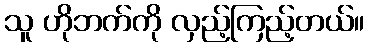
သူ ဟိုဘက်ကို လှည့်ကြည့်တယ်။